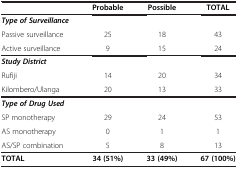
<table><thead><tr><td><b> </b></td><td><b>Probable</b></td><td><b>Possible</b></td><td><b>TOTAL</b></td></tr></thead><tbody><tr><td><b><i>Type of Surveillance</i></b></td><td colspan="3"> </td></tr><tr><td>Passive surveillance</td><td>25</td><td>18</td><td>43</td></tr><tr><td>Active surveillance</td><td>9</td><td>15</td><td>24</td></tr><tr><td><b><i>Study District</i></b></td><td colspan="3"> </td></tr><tr><td>Rufiji</td><td>14</td><td>20</td><td>34</td></tr><tr><td>Kilombero/Ulanga</td><td>20</td><td>13</td><td>33</td></tr><tr><td><b><i>Type of Drug Used</i></b></td><td colspan="3"> </td></tr><tr><td>SP monotherapy</td><td>29</td><td>24</td><td>53</td></tr><tr><td>AS monotherapy</td><td>0</td><td>1</td><td>1</td></tr><tr><td>AS/SP combination</td><td>5</td><td>8</td><td>13</td></tr><tr><td><b>TOTAL</b></td><td><b>34 (51%)</b></td><td><b>33 (49%)</b></td><td><b>67 (100%)</b></td></tr></tbody></table>